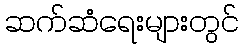
ဆက်ဆံရေးများတွင်